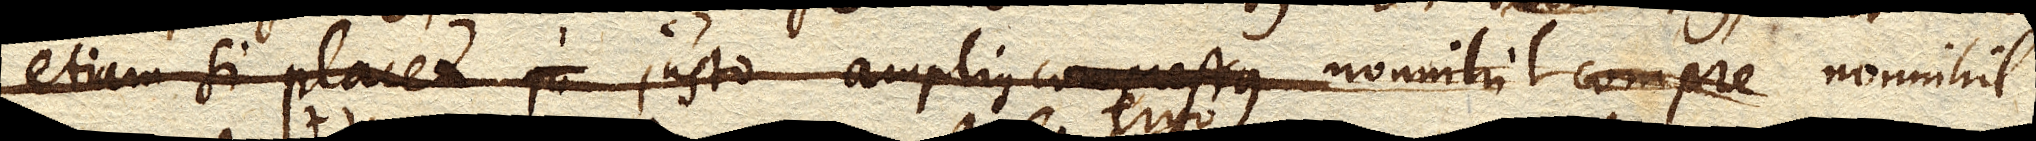
etiam si placet justo amplius compressus nonnihil compre ordinarius aut si placet nonnihil